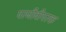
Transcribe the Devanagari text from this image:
परजीवीपरक